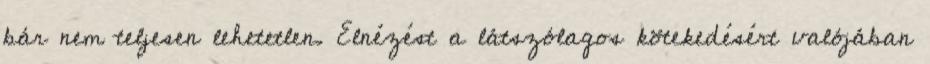
bár nem teljesen lehetetlen. Elnézést a látszólagos kötekedésért valójában